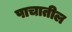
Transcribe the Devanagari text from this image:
पाचातील